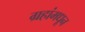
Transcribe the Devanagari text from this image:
ग्रहांमधून